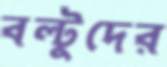
বল্টুদের